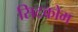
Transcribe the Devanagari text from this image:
सिटकोम